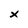
Character: x